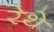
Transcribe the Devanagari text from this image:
रेथे